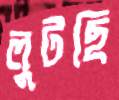
লুটছি